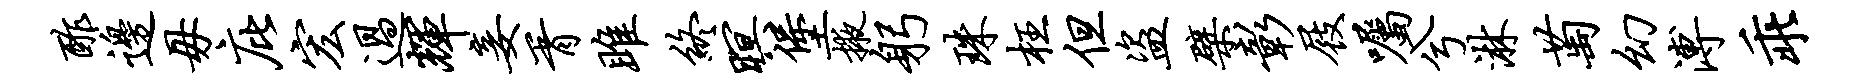
酢边毋庇宏过辉妾胥雎终暝堡掖躬珠枉但盗檗彰屐嘱兮淋萄幻溥乖